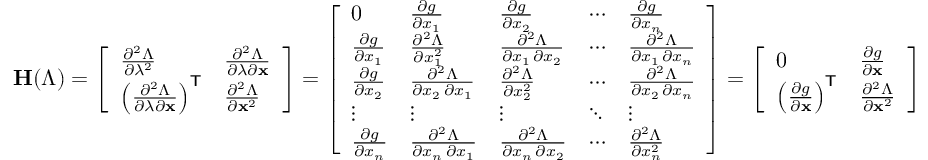
\mathbf { H } ( \Lambda ) = { \left[ \begin{array} { l l } { { \frac { \partial ^ { 2 } \Lambda } { \partial \lambda ^ { 2 } } } } & { { \frac { \partial ^ { 2 } \Lambda } { \partial \lambda \partial \mathbf { x } } } } \\ { \left( { \frac { \partial ^ { 2 } \Lambda } { \partial \lambda \partial \mathbf { x } } } \right) ^ { \mathsf { T } } } & { { \frac { \partial ^ { 2 } \Lambda } { \partial \mathbf { x } ^ { 2 } } } } \end{array} \right] } = { \left[ \begin{array} { l l l l l } { 0 } & { { \frac { \partial g } { \partial x _ { 1 } } } } & { { \frac { \partial g } { \partial x _ { 2 } } } } & { \cdots } & { { \frac { \partial g } { \partial x _ { n } } } } \\ { { \frac { \partial g } { \partial x _ { 1 } } } } & { { \frac { \partial ^ { 2 } \Lambda } { \partial x _ { 1 } ^ { 2 } } } } & { { \frac { \partial ^ { 2 } \Lambda } { \partial x _ { 1 } \, \partial x _ { 2 } } } } & { \cdots } & { { \frac { \partial ^ { 2 } \Lambda } { \partial x _ { 1 } \, \partial x _ { n } } } } \\ { { \frac { \partial g } { \partial x _ { 2 } } } } & { { \frac { \partial ^ { 2 } \Lambda } { \partial x _ { 2 } \, \partial x _ { 1 } } } } & { { \frac { \partial ^ { 2 } \Lambda } { \partial x _ { 2 } ^ { 2 } } } } & { \cdots } & { { \frac { \partial ^ { 2 } \Lambda } { \partial x _ { 2 } \, \partial x _ { n } } } } \\ { \vdots } & { \vdots } & { \vdots } & { \ddots } & { \vdots } \\ { { \frac { \partial g } { \partial x _ { n } } } } & { { \frac { \partial ^ { 2 } \Lambda } { \partial x _ { n } \, \partial x _ { 1 } } } } & { { \frac { \partial ^ { 2 } \Lambda } { \partial x _ { n } \, \partial x _ { 2 } } } } & { \cdots } & { { \frac { \partial ^ { 2 } \Lambda } { \partial x _ { n } ^ { 2 } } } } \end{array} \right] } = { \left[ \begin{array} { l l } { 0 } & { { \frac { \partial g } { \partial \mathbf { x } } } } \\ { \left( { \frac { \partial g } { \partial \mathbf { x } } } \right) ^ { \mathsf { T } } } & { { \frac { \partial ^ { 2 } \Lambda } { \partial \mathbf { x } ^ { 2 } } } } \end{array} \right] }